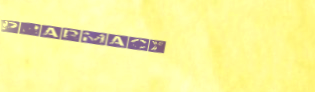
Pharmacy